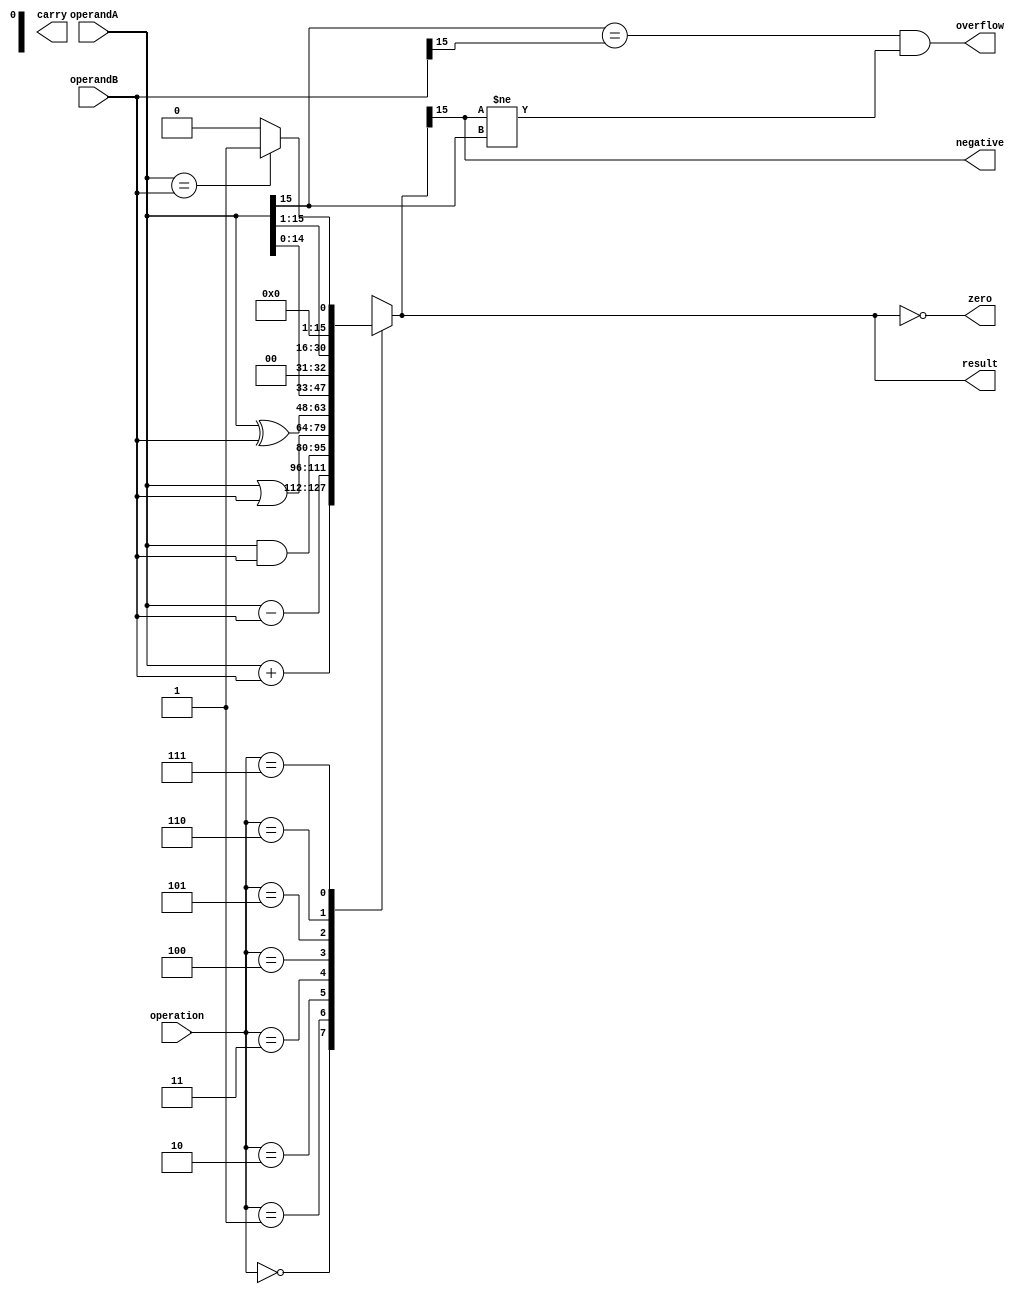
module ALU (
    input [15:0] operandA,
    input [15:0] operandB,
    input [2:0] operation,
    output reg [15:0] result,
    output reg zero,
    output reg carry,
    output reg overflow,
    output reg negative
);

always @(*)
begin
    zero = (result == 16'b0);
    carry = (result[16] == 1);
    overflow = ((operandA[15] == operandB[15]) && (result[15] != operandA[15]));
    negative = (result[15] == 1);
    
    case(operation)
        3'b000: result = operandA + operandB; // addition
        3'b001: result = operandA - operandB; // subtraction
        3'b010: result = operandA & operandB; // AND
        3'b011: result = operandA | operandB; // OR
        3'b100: result = operandA ^ operandB; // XOR
        3'b101: result = operandA << 1; // shift left
        3'b110: result = operandA >> 1; // shift right
        3'b111: result = (operandA == operandB) ? 1 : 0; // comparison
    endcase
end

endmodule